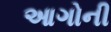
આગોની